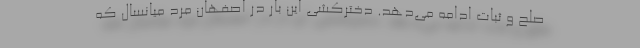
صلح و ثبات ادامه می‌دهد. دخترکشی این بار در اصفهان مرد میانسال که